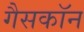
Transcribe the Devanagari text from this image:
गैसकॉन